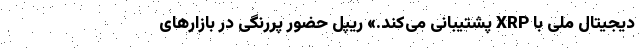
دیجیتال ملی با XRP پشتیبانی می‌کند.» ریپل حضور پررنگی در بازارهای